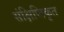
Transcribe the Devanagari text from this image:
संक्षिप्तिकृत